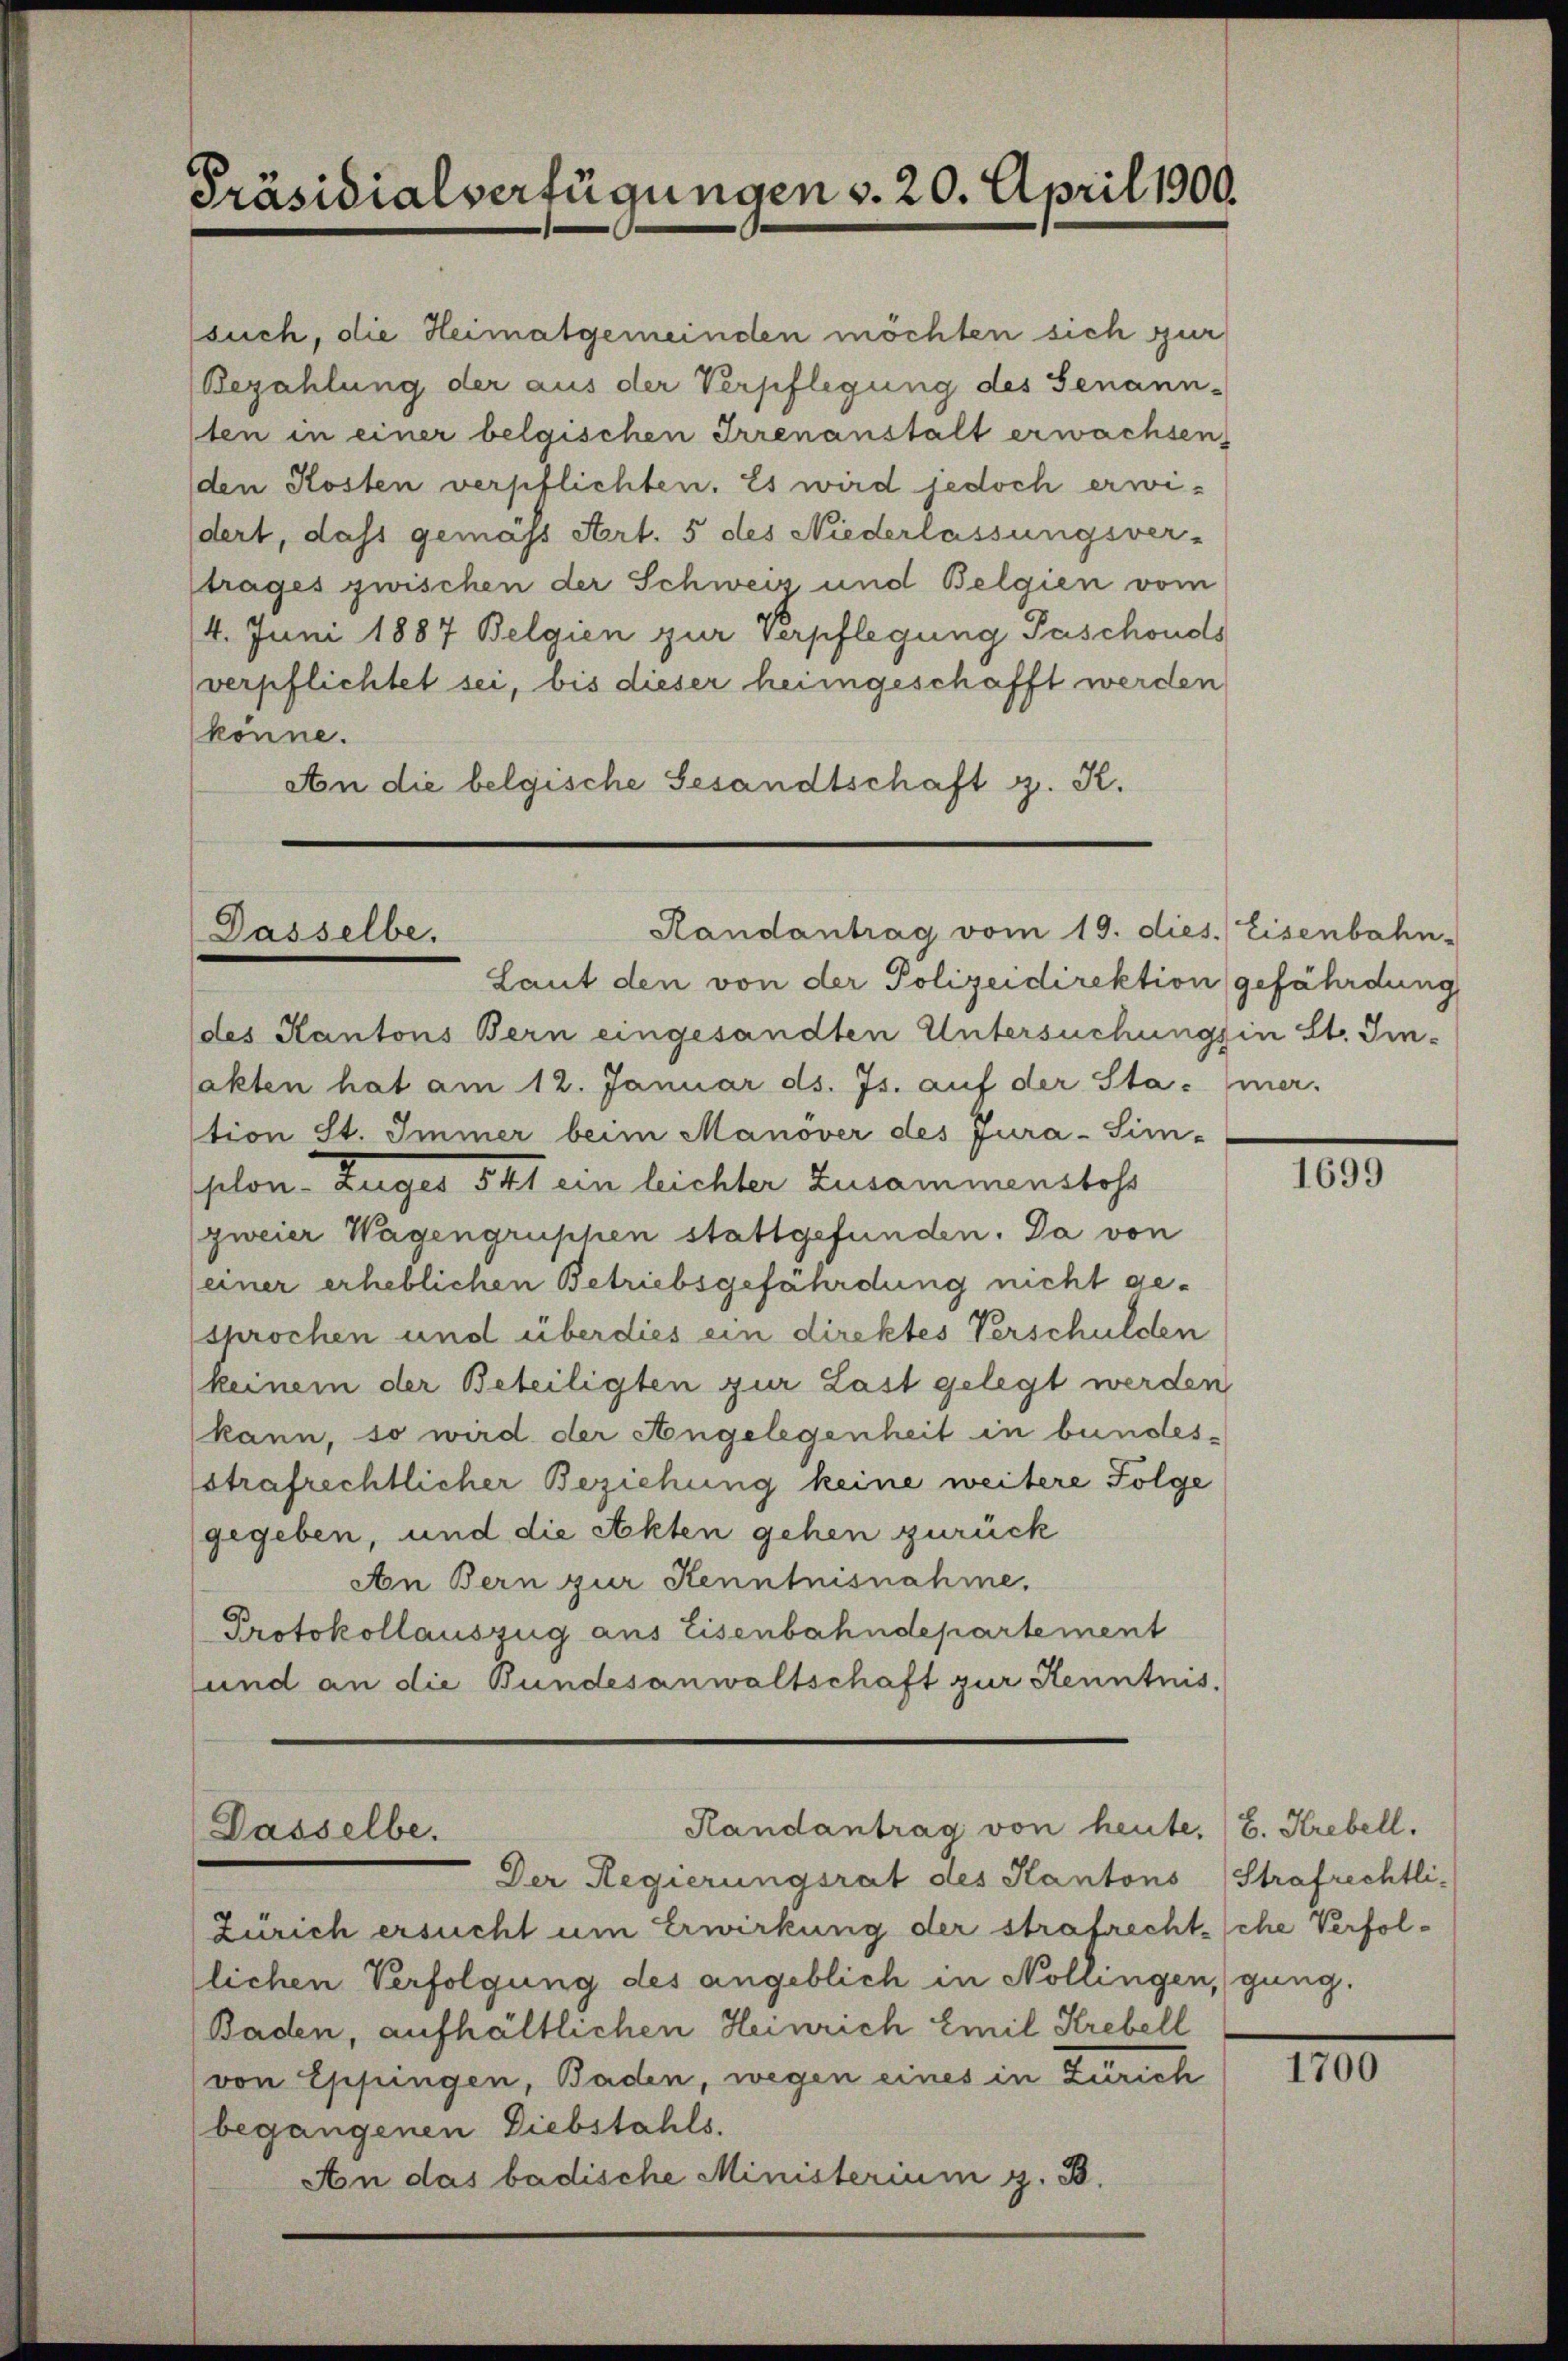
Präsidialverfügungen d. 20. April 1900.

Randantrag vom 19. dies. Eisenbahn-
Dasselbe.

such, die Heimatgemeinden möchten sich zur
Bezahlung der aus der Verpflegung des Senann-
ten in einer belgischen Irrenanstalt erwachsen,
den Kosten verpflichten. Es wird jedoch erwidert, dass gemäss Art. 5 des Niederlassungsver-
trages zwischen der Schweiz und Belgien vom
4. Juni 1887 Belgien zur Verpflegung Paschonds
verpflichtet sei, bis dieser heimgeschafft werden
könne.
An die belgische Gesandtschaft z. K.

Laut den von der Polizeidirektion gefährdung
des Kantons Bern eingesandten Untersuchungsin St. Im-
sakten hat am 12. Januar ds. Js. auf der Sta- mer-
tion St. Immer beim Manöver des Jura-Sim-
plon. Zuges 541 ein leichter Zusammenstoss
zweier Wagengruphen stattgefunden. Da von
einer erheblichen Betriebsgefährdung nicht gesprochen und überdies ein direktes Verschulden
keinem der Beteiligten zur Last gelegt werden
kann, so wird der Angelegenheit in bundesstrafrechtlicher Beziehung keine weitere Folge
gegeben, und die Akten gehen zurück
An Bern zur Kenntnisnahme.
Protokollauszug aus Eisenbahndepartement
und an die Bundesanwaltschaft zur Kenntnis.

Randantrag von heute, E. Krebell.
Dasselbe.

Der Regierungsrat des Kantons
Zürich ersucht um Erwirkung der strafrechtsche Verfollichen Verfolgung des angeblich in Nollingen,
Baden, aufhältlichen Heinrich Emil Krebell
von Eppingen, Baden, wegen eines in Zürich
begangenen Diebstahls.
An das badische Ministerium z. B.

1699

Strafrechtligung.

1700